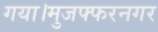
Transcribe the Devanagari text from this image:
गया।मुजफ्फरनगर